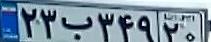
۲۳ب۳۴۹۲۰